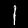
Digit: 1